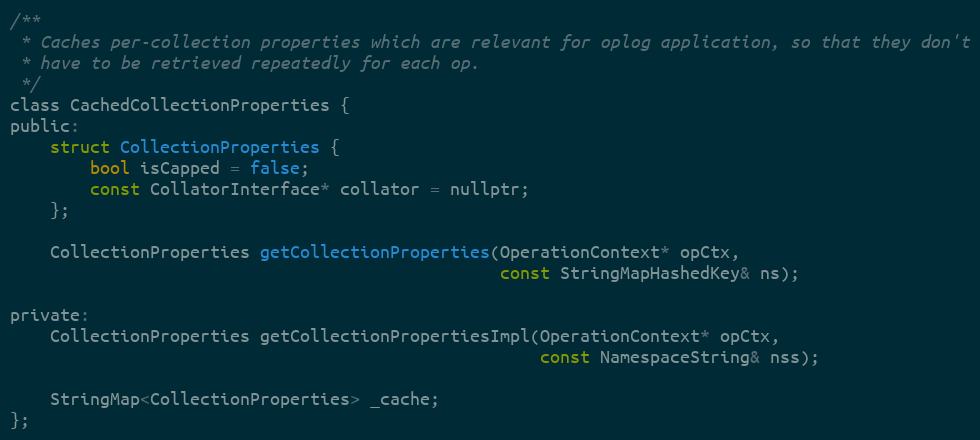
Language: C
/**
 * Caches per-collection properties which are relevant for oplog application, so that they don't
 * have to be retrieved repeatedly for each op.
 */
class CachedCollectionProperties {
public:
    struct CollectionProperties {
        bool isCapped = false;
        const CollatorInterface* collator = nullptr;
    };

    CollectionProperties getCollectionProperties(OperationContext* opCtx,
                                                 const StringMapHashedKey& ns);

private:
    CollectionProperties getCollectionPropertiesImpl(OperationContext* opCtx,
                                                     const NamespaceString& nss);

    StringMap<CollectionProperties> _cache;
};